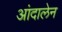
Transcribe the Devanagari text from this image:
आंदालेन